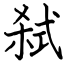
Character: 弑